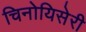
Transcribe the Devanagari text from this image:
चिनोयिसेरी